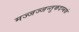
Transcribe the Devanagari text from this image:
मज्जज्जन्तुकदम्बकं